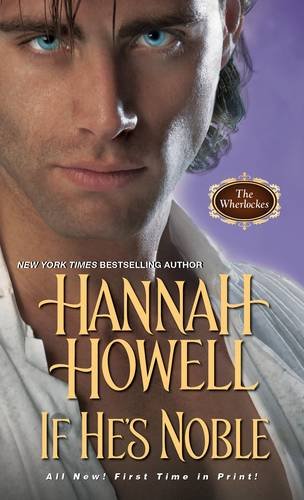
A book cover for If He's Noble (Wherlockes); Hannah Howell; Romance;